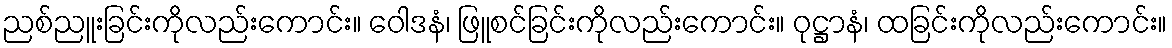
ညစ်ညူးခြင်းကိုလည်းကောင်း။ ဝေါဒနံ၊ ဖြူစင်ခြင်းကိုလည်းကောင်း။ ဝုဋ္ဌာနံ၊ ထခြင်းကိုလည်းကောင်း။